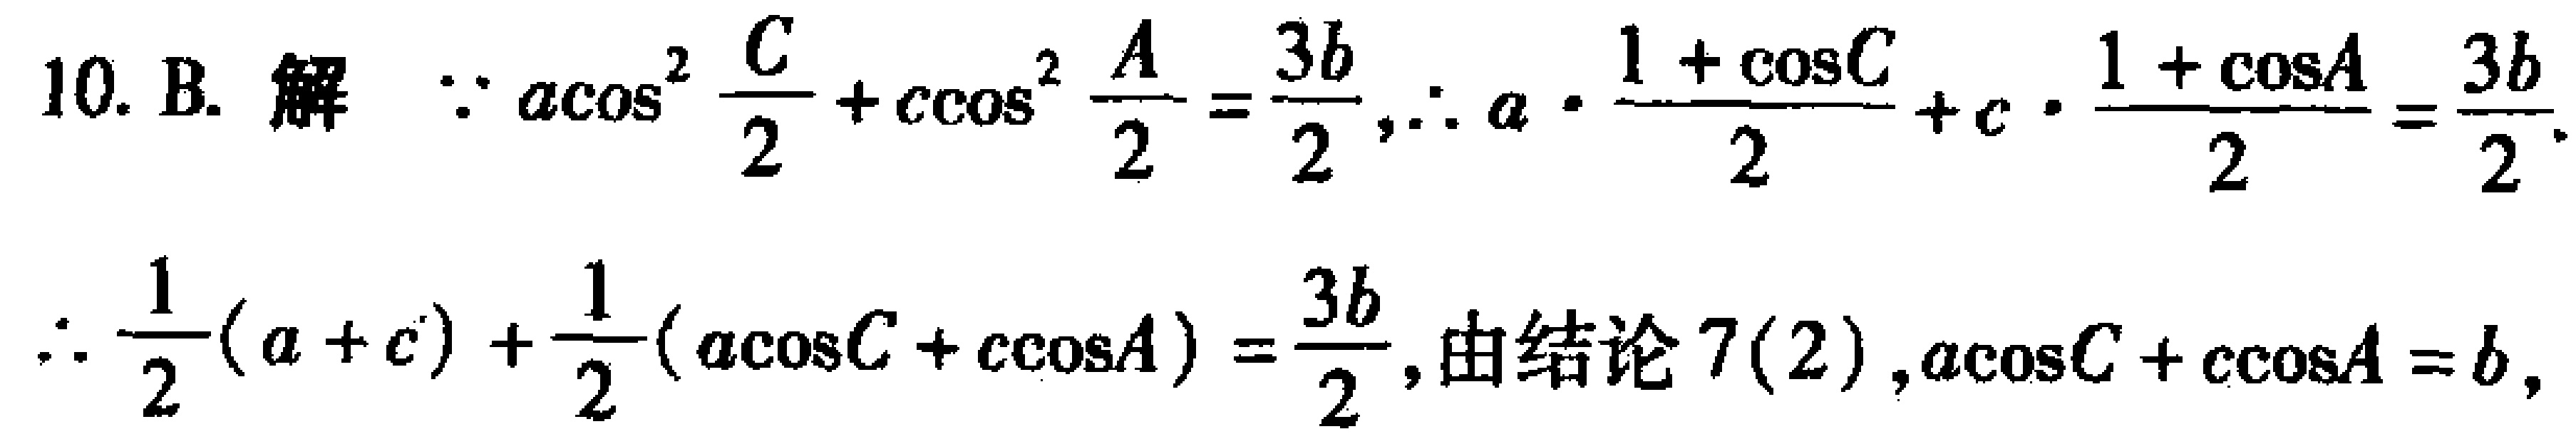
10. B. 解  $\because a\cos^{2} \frac{C}{2}+c\cos^{2} \frac{A}{2}=\frac{3b}{2},\therefore a\cdot \frac{1 + \cos C}{2}+c\cdot \frac{1 + \cos A}{2}=\frac{3b}{2}.$
$\therefore \frac{1}{2}(a + c)+\frac{1}{2}(a\cos C + c\cos A)=\frac{3b}{2},$由结论$7(2),a\cos C + c\cos A = b,$